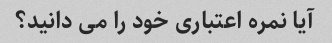
آیا نمره اعتباری خود را می دانید؟